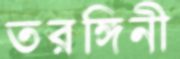
তরঙ্গিনী